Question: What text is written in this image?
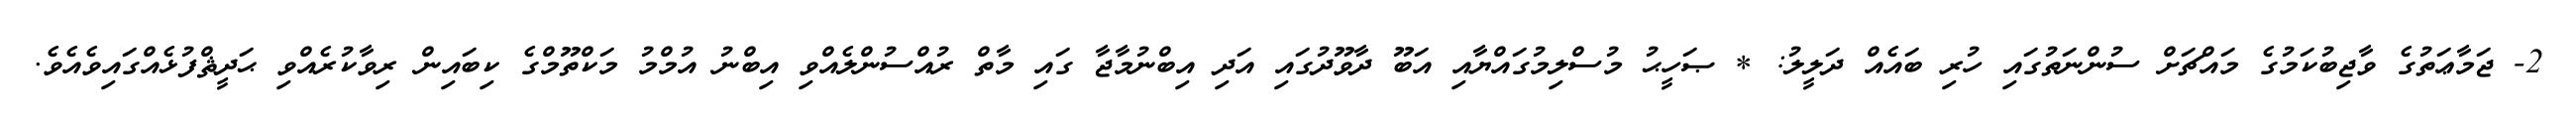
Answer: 2- ޖަމާޢަތުގެ ވާޖިބުކަމުގެ މައްޗަށް ސުންނަތުގައި ހުރި ބައެއް ދަލީލު: * ޞަހީޙު މުސްލިމުގައްޔާއި އަބޫ ދާވޫދުގައި އަދި އިބްނުމާޖާ ގައި މާތް ރުއްސުންލެއްވި އިބްނު އުމްމު މަކްތޫމްގެ ކިބައިން ރިވާކުރެއްވި ޙަދީޘްފުޅެއްގައިވެއެވެ.